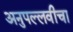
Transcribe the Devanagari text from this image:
अनुपल्लवीचा